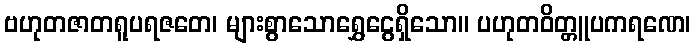
ဗဟုတဇာတရူပရဇတေ၊ များစွာသောရွှေငွေရှိသော။ ပဟုတဝိတ္တူပကရဏေ၊